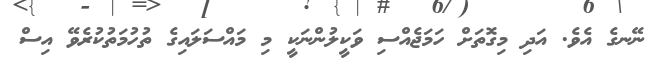
ނޭނގެ އެވެ. އަދި މިގޮތަށް ހަމަޖެއްސި ވަކީލުންނަކީ މި މައްސަލައިގެ ތުހުމަތުކުރެވޭ އިސް